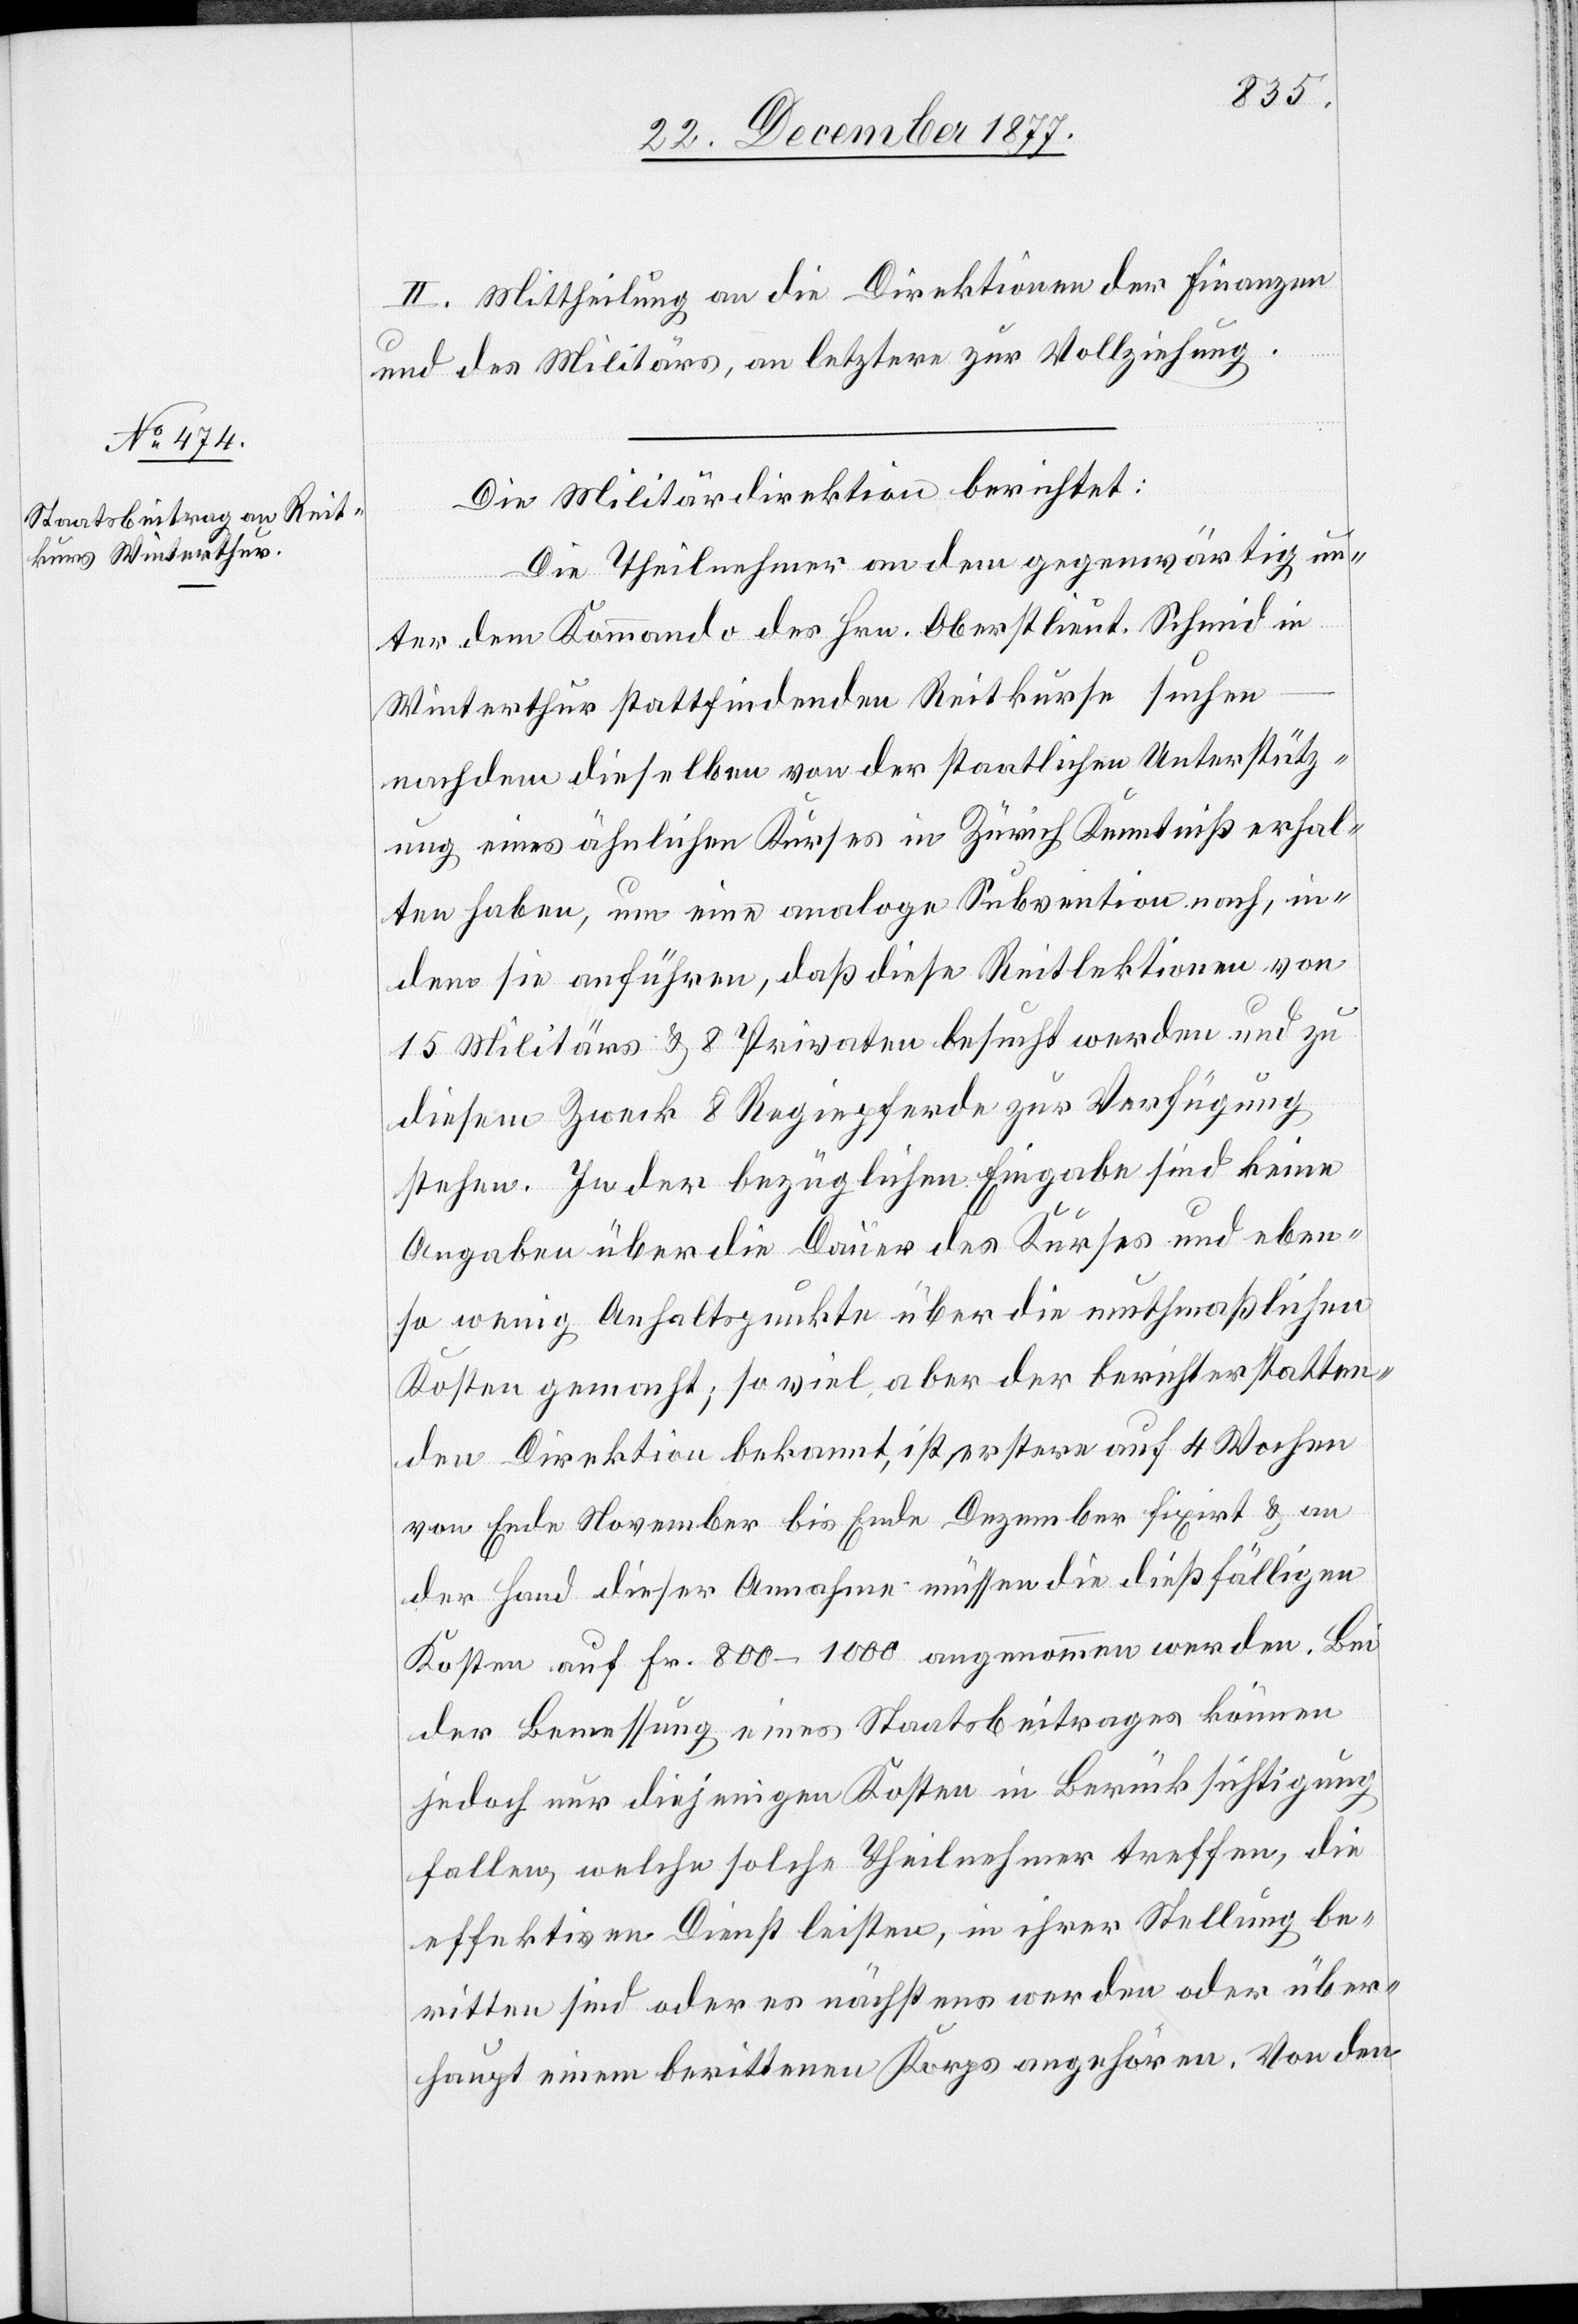
II. Mittheilung an die Direktionen der Finanzen
und des Militärs, an letztere zur Vollziehung.
Die Militärdirektion berichtet:
Die Theilnehmer an dem gegenwärtig un¬
ter dem Kommando des Hrn. Oberstlieut. Schmid in
Winterthur stattfindenden Reitkurse suchen
nachdem dieselben von der staatlichen Unterstütz¬
ung eines ähnlichen Kurses in Zürich Kenntniß erhal¬
ten haben, um eine analoge Subvention nach, in¬
dem sie anführen, daß diese Reitlektionen von
15 Militärs & 8 Privaten besucht werden und zu
diesem Zweck 8 Regiepferde zur Verfügung
stehen. In der bezüglichen Eingabe sind keine
Angaben über die Dauer des Kurses und eben¬
so wenig Anhaltspunkte über die muthmaßlichen
Kosten gemacht; so viel aber der berichterstatten¬
den Direktion bekannt, ist erstere auf 4 Wochen
von Ende November bis Ende Dezember fixirt & an
der Hand dieser Annahme müssen die dießfälligen
Kosten auf Fr. 800–1000 angenommen werden. Bei
der Bemessung eines Staatsbeitrages können
jedoch nur diejenigen Kosten in Berücksichtigung
fallen, welche solche Theilnehmer treffen, die
effektiven Dienst leisten, in ihrer Stellung be¬
ritten sind oder es nächstens werden oder über¬
haupt einem berittenen Korps angehören. Von den